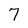
Character: 7